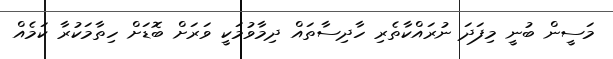
މަސީން ބުނީ މިފަދަ ނުރައްކާތެރި ހާދިސާތައް ދިމާވުމަކީ ވަރަށް ބޮޑަށް ހިތާމަކުރާ ކަމެއް